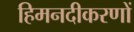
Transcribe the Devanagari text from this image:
हिमनदीकरणों